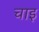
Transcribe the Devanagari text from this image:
चाइ